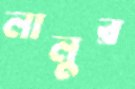
লালুর